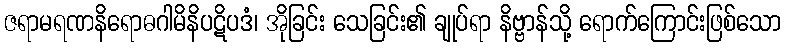
ဇရာမရဏနိရောဓဂါမိနိပဋိပဒံ၊ အိုခြင်း သေခြင်း၏ ချုပ်ရာ နိဗ္ဗာန်သို့ ရောက်ကြောင်းဖြစ်သော